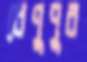
বেণুপুর